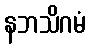
နဘသိဂမံ